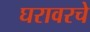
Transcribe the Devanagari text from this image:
घरावरचे